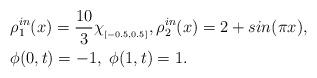
LaTeX: \begin{align*}\begin{aligned} & \rho_1^{in}(x)=\frac{10}{3}\chi_{_{[-0.5, 0.5]}} , \rho_2^{in}(x)=2+sin(\pi x), \\& \phi(0,t)=-1, \ \phi(1,t)=1.\end{aligned}\end{align*}